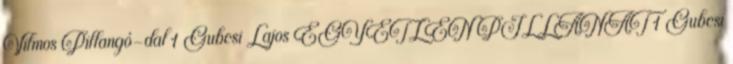
Vilmos Pillangó-dal 1 Gubcsi Lajos EGYETLEN PILLANAT 1 Gubcsi